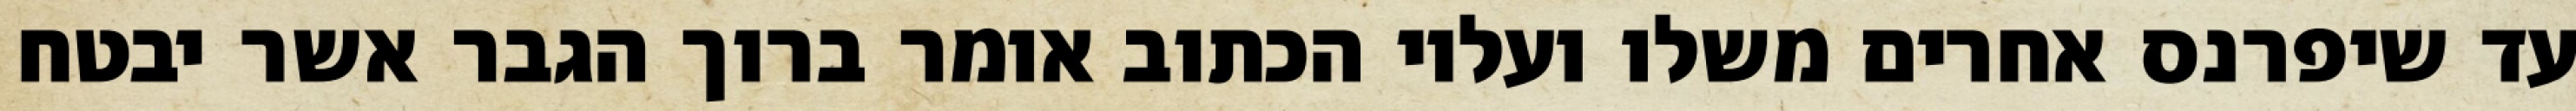
עד שיפרנס אחרים משלו ועליו הכתוב אומר ברוך הגבר אשר יבטח